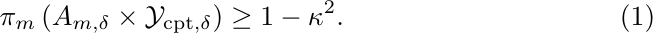
\begin{align}\label{eq:compact}
\pi_{m}\left( A_{m,\delta} \times \mathcal{Y}_{\text {cpt},\delta}\right) \geq 1-\kappa^2 \text {. }
\end{align}